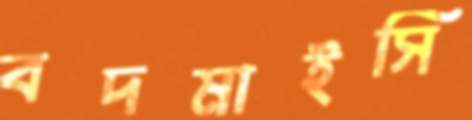
বদমাইসি